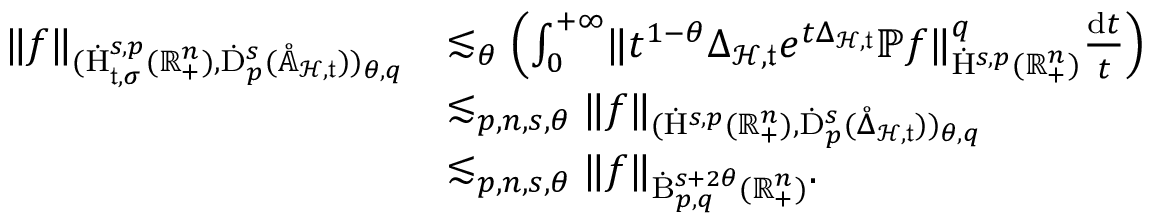
\begin{array} { r l } { \lVert f \rVert _ { ( \dot { \mathrm { H } } _ { \mathfrak { t } , \sigma } ^ { s , p } ( \mathbb { R } _ { + } ^ { n } ) , \dot { \mathrm { D } } _ { p } ^ { s } ( \mathring { \mathbb { A } } _ { \mathcal { H } , \mathfrak { t } } ) ) _ { \theta , q } } } & { \lesssim _ { \theta } \left( \int _ { 0 } ^ { + \infty } \lVert t ^ { 1 - \theta } \Delta _ { \mathcal { H } , \mathfrak { t } } e ^ { t \Delta _ { \mathcal { H } , \mathfrak { t } } } \mathbb { P } f \rVert _ { \dot { \mathrm { H } } ^ { s , p } ( \mathbb { R } _ { + } ^ { n } ) } ^ { q } \frac { \mathrm { d } t } { t } \right) } \\ & { \lesssim _ { p , n , s , \theta } \lVert f \rVert _ { ( \dot { \mathrm { H } } ^ { s , p } ( \mathbb { R } _ { + } ^ { n } ) , \dot { \mathrm { D } } _ { p } ^ { s } ( \mathring { \Delta } _ { \mathcal { H } , \mathfrak { t } } ) ) _ { \theta , q } } } \\ & { \lesssim _ { p , n , s , \theta } \lVert f \rVert _ { \dot { \mathrm { B } } _ { p , q } ^ { s + 2 \theta } ( \mathbb { R } _ { + } ^ { n } ) } \mathrm { . ~ } } \end{array}